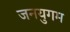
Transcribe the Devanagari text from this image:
जनयुगम